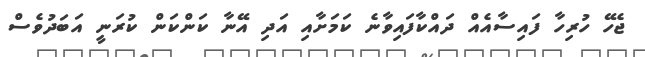
ޖެހޭ ހުރިހާ ފައިސާއެއް ދައްކާފައިވާނެ ކަމަށާއި އަދި އޭނާ ކަންކަން ކުރަނީ އަބަދުވެސް